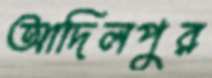
আদিলপুর